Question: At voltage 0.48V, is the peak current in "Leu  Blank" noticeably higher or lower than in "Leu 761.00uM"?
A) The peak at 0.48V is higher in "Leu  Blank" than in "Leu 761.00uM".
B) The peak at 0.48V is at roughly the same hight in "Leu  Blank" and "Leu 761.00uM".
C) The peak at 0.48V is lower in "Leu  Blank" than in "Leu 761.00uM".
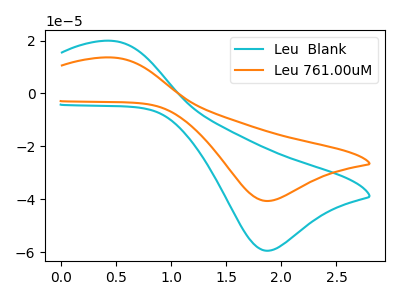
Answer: <think>The cyan curve "Leu  Blank" has an anodic peak at (0.50V, 19.85uA) and a cathodic peak at (1.85V, -59.45uA). The orange curve "Leu 761.00uM" has an anodic peak at (0.50V, 13.55uA) and a cathodic peak at (1.85V, -40.65uA).</think>
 <answer>A) The peak at 0.48V is higher in "Leu  Blank" than in "Leu 761.00uM".</answer>
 <eval>A</eval>